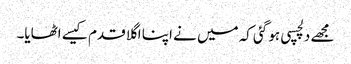
مجھے دلچسپی ہو گئی کہ میں نے اپنا اگلا قدم کیسے اٹھایا۔